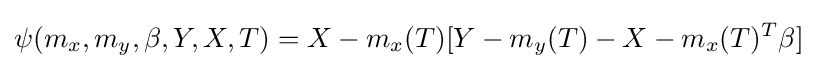
\psi (m_{x},m_{y},\beta ,Y,X,T)={X-m_{x}(T)}[Y-m_{y}(T)-{X-m_{x}(T)^{T}\beta }]